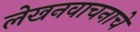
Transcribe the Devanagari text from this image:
लेखनवाचनाचे